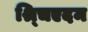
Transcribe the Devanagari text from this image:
श्र्चिएदम